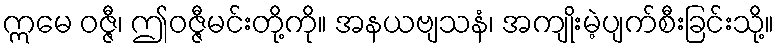
ဣမေ ဝဇ္ဇီ၊ ဤဝဇ္ဇီမင်းတို့ကို။ အနယဗျသနံ၊ အကျိုးမဲ့ပျက်စီးခြင်းသို့။